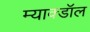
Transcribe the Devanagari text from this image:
म्याक्डॉल